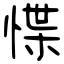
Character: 惵